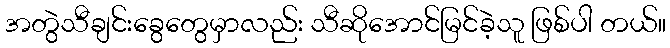
အတွဲသီချင်းခွေတွေမှာလည်း သီဆိုအောင်မြင်ခဲ့သူ ဖြစ်ပါ တယ်။